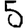
Digit: 5